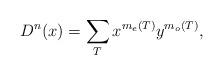
LaTeX: \begin{align*}D^n(x)=\sum_{T}{x^{m_e(T)}y^{m_o(T)}},\end{align*}